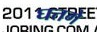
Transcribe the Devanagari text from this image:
घतगे